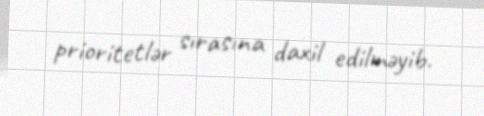
prioritetlər sırasına daxil edilməyib.